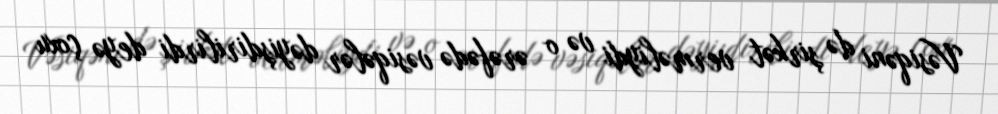
Vəsiqəni də şirkət verməliydi və o ərəfədə vəsiqələr dəyişdirilirdi deyə çoxu